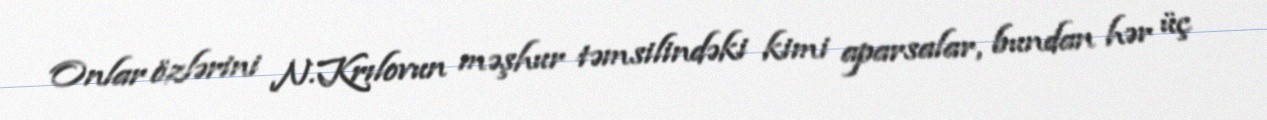
Onlar özlərini N.Krılovun məşhur təmsilindəki kimi aparsalar, bundan hər üç